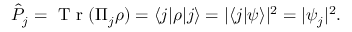
\begin{array} { r } { \hat { P } _ { j } = \mathrm { ~ T ~ r ~ } ( \Pi _ { j } \rho ) = \langle j | \rho | j \rangle = | \langle j | \psi \rangle | ^ { 2 } = | \psi _ { j } | ^ { 2 } . } \end{array}